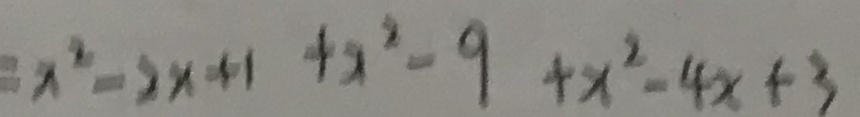
= x ^ { 2 } - 2 x + 1 + x ^ { 2 } - 9 + x ^ { 2 } - 4 x + 3